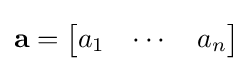
\mathbf {a} ={\begin{bmatrix}a_{1}&\cdots &a_{n}\end{bmatrix}}